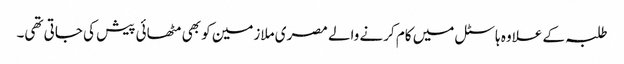
طلبہ کے علاوہ ہاسٹل میں کام کرنے والے مصری ملازمین کو بھی مٹھائی پیش کی جاتی تھی۔